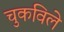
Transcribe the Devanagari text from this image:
चुकविले